Annual report on the working of the lock hospitals in the North-Western Provinces and Oudh
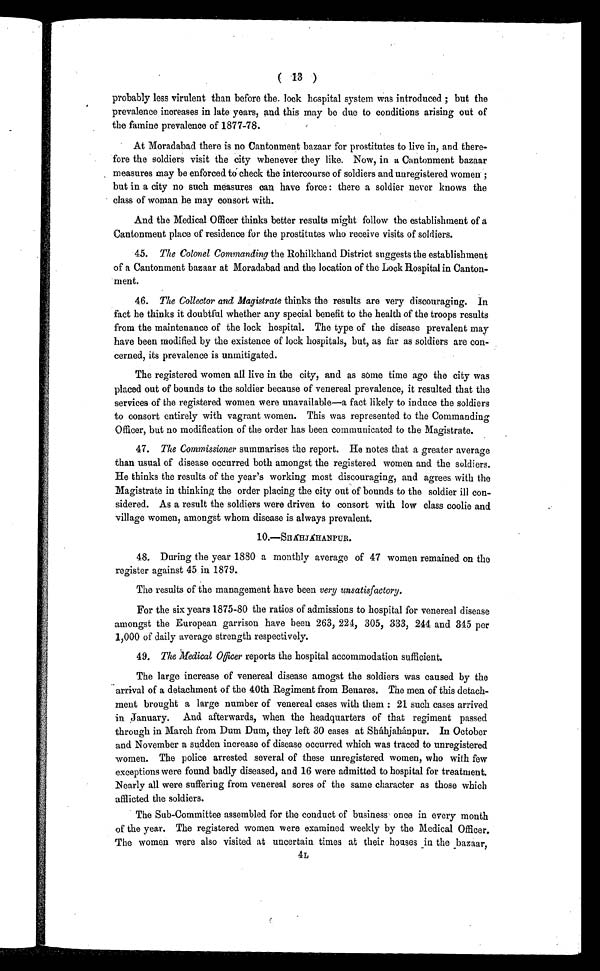
( 13 )
probably less virulent than before the. lock hospital system was introduced ; but the
prevalence increases in late years, and this may be due to conditions arising out of
the famine prevalence of 1877-78.
At Moradabad there is no Cantonment bazaar for prostitutes to live in, and there-
fore the soldiers visit the city whenever they like. Now, in a Cantonment bazaar
measures may be enforced to check the intercourse of soldiers and unregistered women;
but in a city no such measures can have force : there a soldier never knows the
class of woman he may consort with.
And the Medical Officer thinks better results might follow the establishment of a
Cantonment place of residence for the prostitutes who receive visits of soldiers.
4 5
. T h e C o l o n e l C o m m a n d i n gt
h e R o h i l k h a n d D i s t r i c t s u g g e s t s t h e e s t a b l i s h m e n t
of a Cantonment bazaar at Moradabad and the location of the Lock Hospital in Canton-
ment.
4 6
. T h e C o l l e c t o r a n d M a g i s t r a t et
h i n k s t h e r e s u l t s a r e v e r y d i s c o u r a g i n g . h
fact he thinks it doubtful whether any special benefit to the health of the troops results
from the maintenance of the lock hospital. The type of the disease prevalent may
have been modified by the existence of lock hospitals, but, as far as soldiers are con-
cerned, its prevalence is unmitigated.
The registered women all live in the city, and as some time ago the city was
placed out of bounds to the soldier because of venereal prevalence, it resulted that the
services of the registered women were unavailable—a fact likely to induce the soldiers
to consort entirely with vagrant women. This was represented to the Commanding
Officer, but no modification of the order has been communicated to the Magistrate.
47. The Commissioner summarises the report. He notes that a greater average
than usual of disease occurred both amongst the registered women and the soldiers.
He thinks the results of the year's working most discouraging, and agrees with the
Magistrate in thinking the order placing the city out of bounds to the soldier ill con-
sidered. As a result the soldiers were driven to consort with low class coolie and
village women, amongst whom disease is always prevalent.
10.—SHÁHJÁHANPUR.
48. Duri ng t he year 1880 a mont hl y average of 47 women remai ned on t he
register against 45 in 1879.
The results of the management have been very unsatisfactory.
For the six years 1875-80 the ratios of admissions to hospital for venereal disease
amongst the European garrison have been 263, 224, 305, 333, 244 and 345 per
1,000 of daily average strength respectively.
49. The Medical Officer reports the hospital accommodation sufficient.
The large increase of venereal disease amogst the soldiers was caused by the
arrival of a detachment of the 40th Regiment from Benares. The men of this detach-
ment brought a large number of venereal cases with them : 21 such cases arrived
in January. And afterwards, when the headquarters of that regiment passed
through in March from Dum Dum, they left 30 cases at Sháhjahánpur. In October
and November a sudden increase of disease occurred which was traced to unregistered
women. The police arrested several of these unregistered women, who with few
exceptions were found badly diseased, and 16 were admitted to hospital for treatment.
Nearly all were suffering from venereal sores of the same character as those which
afflicted the soldiers.
The Sub-Committee assembled for the conduct of business once in every month
of the year. The registered women were examined weekly by the Medical Officer.
The women were also visited at uncertain times at their houses in the bazaar,
4L